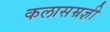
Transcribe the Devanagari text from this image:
कलासम्रज्ञी